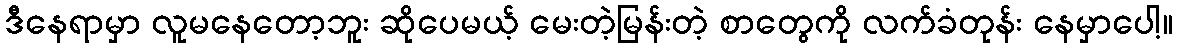
ဒီနေရာမှာ လူမနေတော့ဘူး ဆိုပေမယ့် မေးတဲ့မြန်းတဲ့ စာတွေကို လက်ခံတုန်း နေမှာပေါ့။